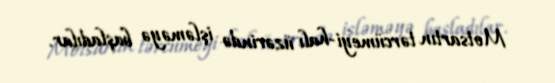
Motsartın tərcümeyi-halı üzərində işləməyə başladılar.